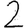
Digit: 2